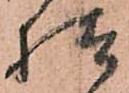
様